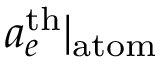
a _ { e } ^ { \mathrm { t h } } | _ { \mathrm { a t o m } }